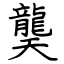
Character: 龑